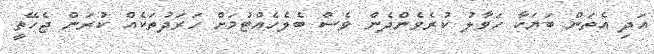
އަދި އެތަން ބަޔަކާ ހަވާލު ކުރެވެންދެން ވެސް ބެލެހެއްޓުމަށް ހަރަދުތަކެއް ކުރަން ޖެހޭތީ